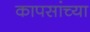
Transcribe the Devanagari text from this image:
कापसांच्या